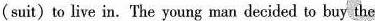
(suit)to live in. The young man decided to buy the